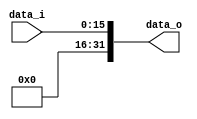

module Zero_Filled_Extend(
    data_i,
    data_o
    );

//I/O ports
input   [16-1:0] data_i;
output  [32-1:0] data_o;

//Internal Signals
reg     [32-1:0] data_o;

//Sign extended
always @(*) begin
	data_o={{16{1'b0}},data_i};
end

endmodule